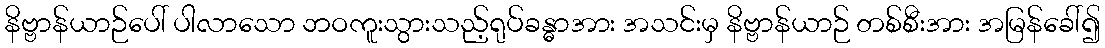
နိဗ္ဗာန်ယာဉ်ပေါ် ပါလာသော ဘဝကူးသွားသည့်ရုပ်ခန္ဓာအား အသင်းမှ နိဗ္ဗာန်ယာဉ် တစ်စီးအား အမြန်ခေါ်၍